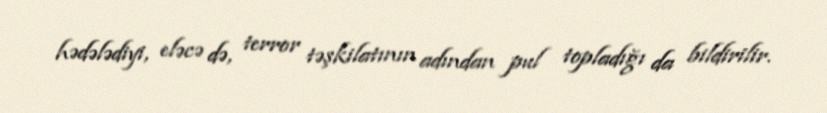
hədələdiyi, eləcə də, terror təşkilatının adından pul topladığı da bildirilir.